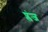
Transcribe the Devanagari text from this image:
प्लंज